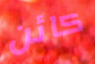
كائن